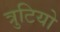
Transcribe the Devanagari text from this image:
त्रुटियो